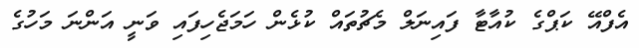
އެފްއޭ ކަޕްގެ ކުއާޓާ ފައިނަލް މެޗުތައް ކުޅެން ހަމަޖެހިފައި ވަނީ އަންނަ މަހުގެ